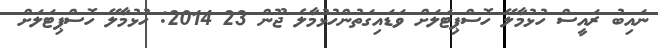
ނައިބު ރައީސް ހުޅުމާލޭ ހޮސްޕިޓަލަށް ވަޑައިގަތުންހުޅުމާލެ ޖޫން 23 2014: ހުޅުމާލޭ ހޮސްޕިޓަލަށް